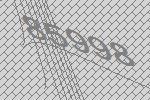
85998